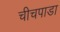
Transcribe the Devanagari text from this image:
चीचपाडा